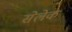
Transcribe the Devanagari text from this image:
सेलेक